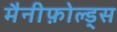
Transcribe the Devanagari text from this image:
मैनीफ़ोल्ड्स